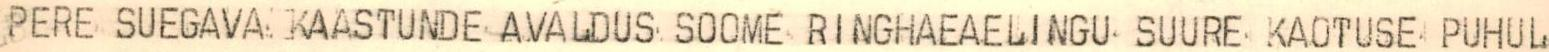
PERE SUEGAVA KAASTUNDE AVALDUS SOOME RINGHAEAELINGU SUURE KAOTUSE PUHUL